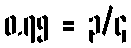
၀.၇၅ = ၃/၄